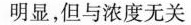
明显，但与浓度无关